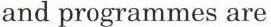
and programmes are